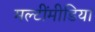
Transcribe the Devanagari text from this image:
मल्टींमीडिया